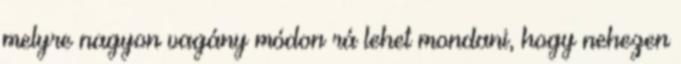
melyre nagyon vagány módon rá lehet mondani, hogy nehezen